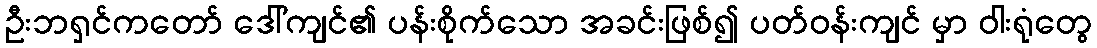
ဦးဘရှင်ကတော် ဒေါ်ကျင်၏ ပန်းစိုက်သော အခင်းဖြစ်၍ ပတ်ဝန်းကျင် မှာ ဝါးရုံတွေ